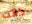
كانت